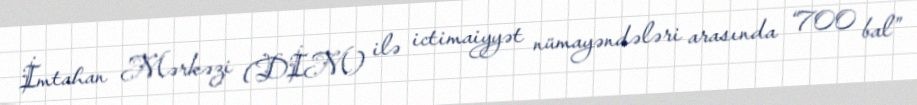
İmtahan Mərkəzi (DİM) ilə ictimaiyyət nümayəndələri arasında “700 bal”